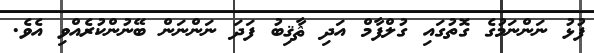
ފުޅު ނަންނަމުގެ ގޮތުގައި ގުލްފާމް އަދި ޘާޤިބު ފަދަ ނަންނަން ބޭނުންކުރެއްވި އެވެ.